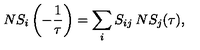
N S _ { i } \left( - { \frac { 1 } { \tau } } \right) = \sum _ { i } S _ { i j } \: N S _ { j } ( \tau ) ,